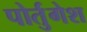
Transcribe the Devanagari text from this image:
पोर्तुगेश